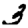
Digit: 3